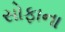
સોફાના